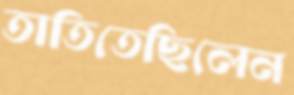
তাতিতেছিলেন